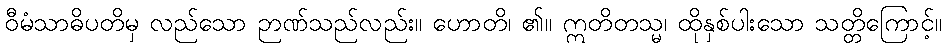
ဝီမံသာဓိပတိမှ လည်သော ဉာဏ်သည်လည်း။ ဟောတိ၊ ၏။ ဣတိတသ္မ၊ ထိုနှစ်ပါးသော သတ္တိကြောင့်။